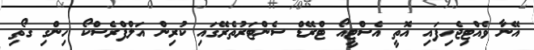
އޭނާ ވެއްޓިޖެހިފައި އޮތީ އެސްޓީއޯ ޓްރޭޑް ސެންޓަރުތެރޭގައި ކުރިން އަލްފްރެސްކޯ ހިންގި ގޯތި